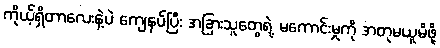
ကိုယ့်ရှိတာလေးနဲ့ပဲ ကျေနပ်ပြီး အခြားသူတွေရဲ့ မကောင်းမှုကို အတုမယူမိဖို့